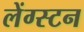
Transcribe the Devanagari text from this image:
लेंग्स्टन